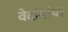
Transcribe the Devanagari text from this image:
वेदांगांचा